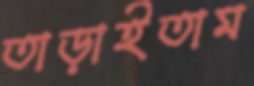
তাড়াইতাম